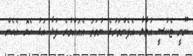
ނޫނީ ޓެކުސީ އުވާލާ އެފެންވަރުގެ ނުވަތަ އެއައްވުރެ ފުޅާ އަގު ހެޔޮ އެހެން